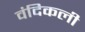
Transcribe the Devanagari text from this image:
वंदिकली